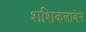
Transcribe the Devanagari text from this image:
शशिकलाबेन